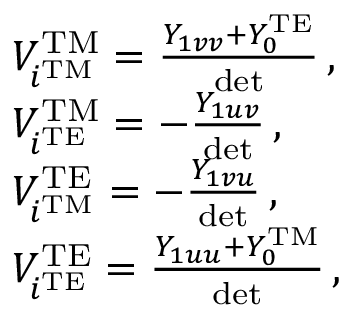
\begin{array} { r l } & { V _ { i ^ { \mathrm { T M } } } ^ { \mathrm { T M } } = \frac { Y _ { 1 v v } + Y _ { 0 } ^ { \mathrm { T E } } } { \mathrm { d e t } } \, , } \\ & { V _ { i ^ { \mathrm { T E } } } ^ { \mathrm { T M } } = - \frac { Y _ { 1 u v } } { \mathrm { d e t } } \, , } \\ & { V _ { i ^ { \mathrm { T M } } } ^ { \mathrm { T E } } = - \frac { Y _ { 1 v u } } { \mathrm { d e t } } \, , } \\ & { V _ { i ^ { \mathrm { T E } } } ^ { \mathrm { T E } } = \frac { Y _ { 1 u u } + Y _ { 0 } ^ { \mathrm { T M } } } { \mathrm { d e t } } \, , } \end{array}